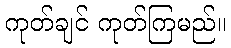
ကုတ်ချင် ကုတ်ကြမည်။